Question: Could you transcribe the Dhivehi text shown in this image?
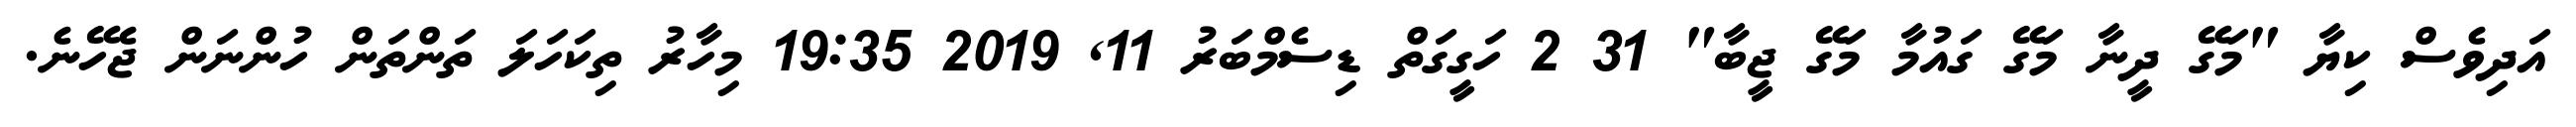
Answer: އަދިވެސް ކިޔާ "މަގޭ ދީނާ މަގޭ ގައުމާ މަގޭ ޖީބާ" 31 2 ހަގީގަތް ޑިސެމްބަރު 11, 2019 19:35 މިހާރު ތިކަހަލަ ތަންތަން ހުންނަން ޖެހޭނެ.